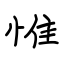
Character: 惟